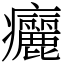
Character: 㿛